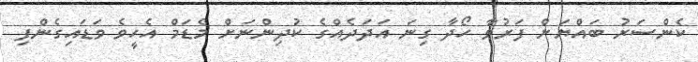
ކެންސަރު ބައްޔަށް ފަރުވާ ހޯދާ ގިނަ އަދަދެއްގެ ކުދިންނަށް މެޑަމް އެހީވެ ވަޑައިގެންފި